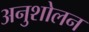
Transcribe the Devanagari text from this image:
अनुशोलन